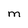
Character: M